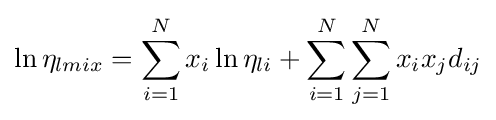
\ln \eta _{lmix}=\sum _{i=1}^{N}x_{i}\ln \eta _{li}+\sum _{i=1}^{N}\sum _{j=1}^{N}x_{i}x_{j}d_{ij}